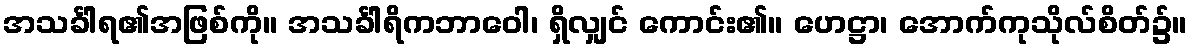
အသင်္ခါရ၏အဖြစ်ကို။ အသင်္ခါရိကဘာဝေါ၊ ရှိလျှင် ကောင်း၏။ ဟေဋ္ဌာ၊ အောက်ကုသိုလ်စိတ်၌။